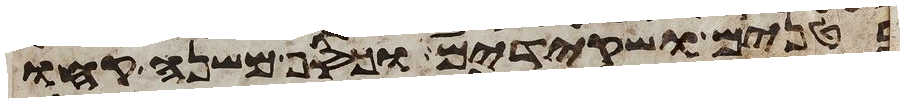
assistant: בטנים ושקידים וכסף משנה קחו